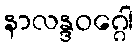
နာလန္ဒဝဂ္ဂေါ